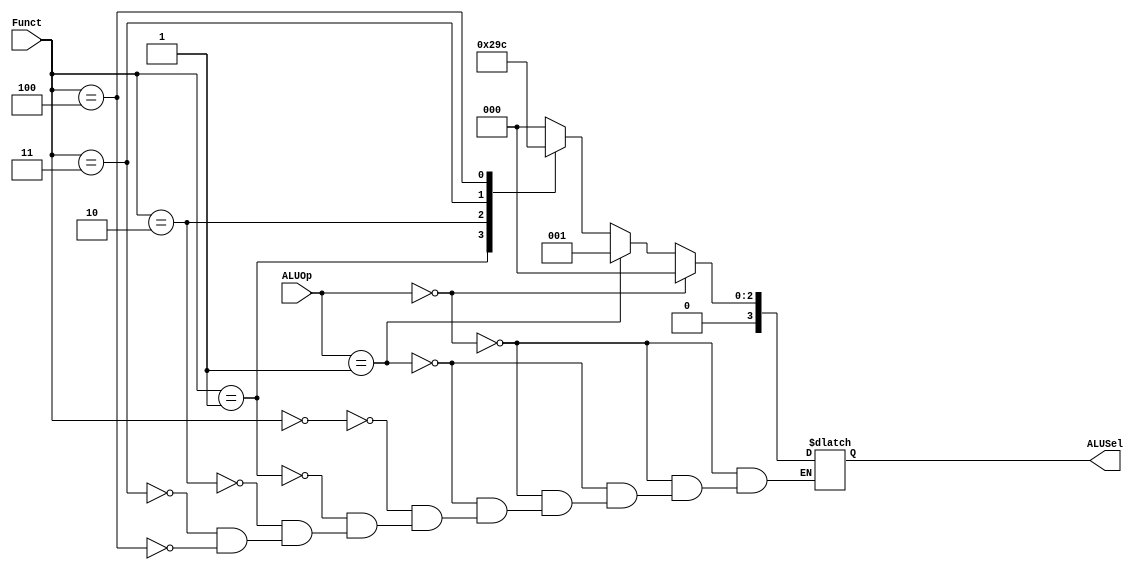
`timescale 1ns / 1ps
/*
ALUCtrl DUT(.ALUInsel(ALUInsel), .ALUOp(ALUOp), .Funct(Funct));
*/

module ALUCtrl(ALUSel,ALUOp,Funct);
input [5:0] Funct;
input [1:0] ALUOp;
output reg [3:0] ALUSel;
parameter add =0, sub=1,sll =2,slv=3,srav=4; 
always @(ALUSel,ALUOp,Funct)
begin
if(ALUOp==0) ALUSel <=0;
else if(ALUOp==1) ALUSel <=1;
else
case(Funct)
add: ALUSel = 0;
sub: ALUSel = 1;
sll: ALUSel = 2;
slv: ALUSel = 3;
srav: ALUSel = 4;
endcase 
end
endmodule